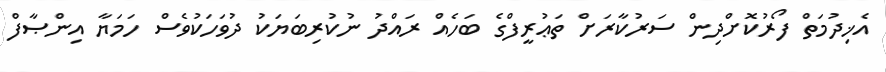
އެޚިދުމަތް ފޯރުކޮށްދިން ސަރުކާރަށް ތަޢުރީފްގެ ބަހެއް ރައްދު ނުކުރިބަޔަކު ދުވަހަކުވެސް ހަމަޔާ އިންޞާފް